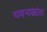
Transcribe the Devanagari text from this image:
यवनाक्रांत